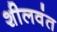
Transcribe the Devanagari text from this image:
शीलवंत